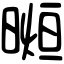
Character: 𣉖